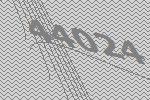
44024